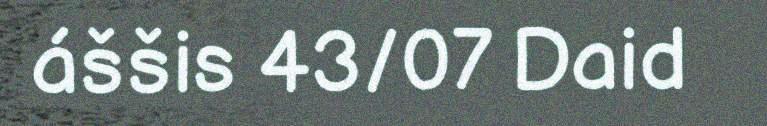
áššis 43/07 Daid